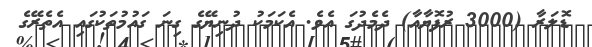
ޑޮލަރާ (3000 ރުފޮޔާއާ) ދެމެދުގަ އެވެ. އެކަމަކު ދުނިޔޭގެ ގިނަ ގައުމުތަކުގައި އެތެރޭގެ